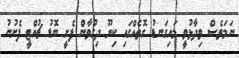
ނަމަވެސް ވިދާޅުވީ މައިގަނޑު ގޮތެއްގައި ކިޔޫ ދިގުވާން ފެށީ ބޮޑު ޗުއްޓީ ފެށުނު